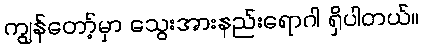
ကျွန်တော့်မှာ သွေးအားနည်းရောဂါ ရှိပါတယ်။